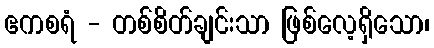
ဧကစရံ - တစ်စိတ်ချင်းသာ ဖြစ်လေ့ရှိသော၊